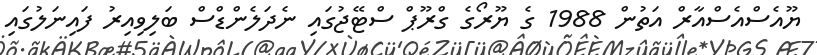
ޔޫއެސްއެސްއާރް އަތުން 1988 ގެ ޔޫރޯގެ ގްރޫޕް ސްޓޭޖުގައި ނެދަލެންޑްސް ބަލިވިއިރު ފައިނަލުގައި